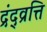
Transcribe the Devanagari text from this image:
द्रंद्व्रत्ति